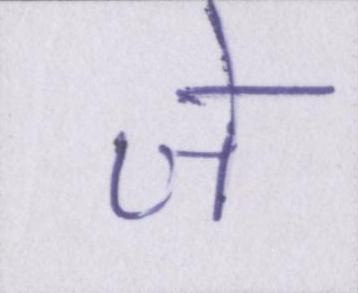
जे